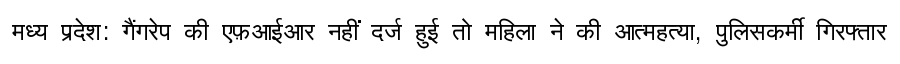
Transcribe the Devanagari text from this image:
मध्य प्रदेश: गैंगरेप की एफ़आईआर नहीं दर्ज हुई तो महिला ने की आत्महत्या, पुलिसकर्मी गिरफ्तार